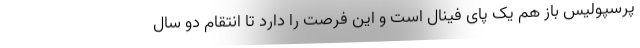
پرسپولیس باز هم یک پای فینال است و این فرصت را دارد تا انتقام دو سال